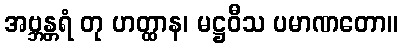
အဗ္ဘန္တရံ တု ဟတ္ထာန၊ မဋ္ဌဝီသ ပမာဏတော။